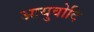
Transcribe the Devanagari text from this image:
आयुवोदि